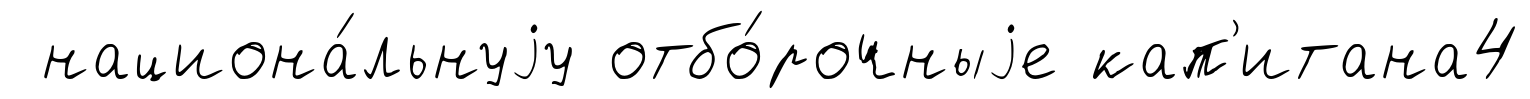
национа́льнуjу отбо́рочныjе кап'итана4